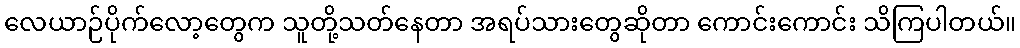
လေယာဉ်ပိုက်လော့တွေက သူတို့သတ်နေတာ အရပ်သားတွေဆိုတာ ကောင်းကောင်း သိကြပါတယ်။